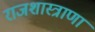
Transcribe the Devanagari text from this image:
राजशास्त्राणां